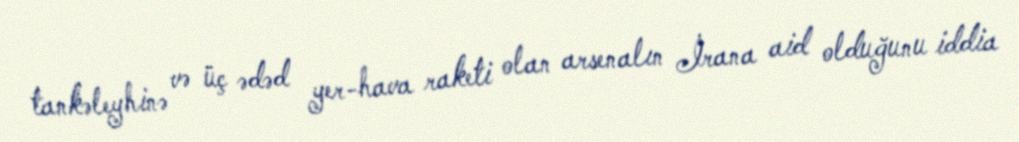
tankəleyhinə və üç ədəd yer-hava raketi olan arsenalın İrana aid olduğunu iddia